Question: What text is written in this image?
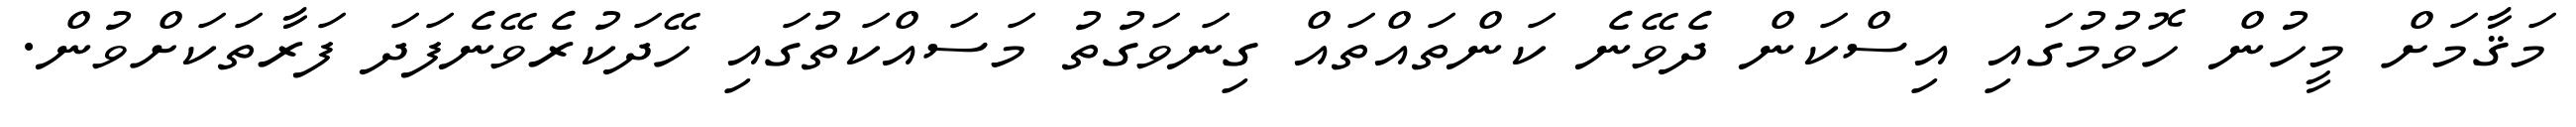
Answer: މަޤާމަށް މީހުން ހޮވުމުގައި އިސްކަން ދެވޭނެ ކަންތައްތައް ގިނަވަގުތު މަސައްކަތުގައި ހޭދަކުރެވޭނެފަދަ ފަރާތަކަށްވުން.